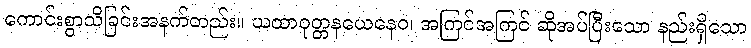
ကောင်းစွာသိခြင်းအနက်တည်း။ ယထာဝုတ္တနယေနေဝ၊ အကြင်အကြင် ဆိုအပ်ပြီးသော နည်းရှိသော